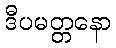
ဒီပမတ္တနော